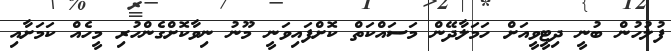
ފުލުހުން ބުނީ ދިޓީވީއަށް ހަމަލާދޭން މަސައްކަތް ކޮށްފައިވަނީ މޫނު ނިވާކޮށްގެންހުރި މީހެއް ކަމަށާއި